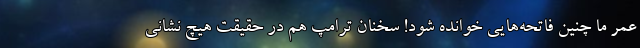
عمر ما چنین فاتحه‌هایی خوانده شود! سخنان ترامپ هم در حقیقت هیچ نشانی